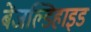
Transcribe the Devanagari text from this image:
बेंजल्डिहाइड